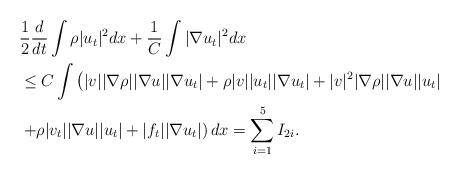
\begin{align*}\begin{aligned}& \frac{1}{2} \frac{d}{dt}\int \rho |u_t|^2dx+\frac{1}{C}\int |\nabla u_t|^2 dx\\& \le C\int \left(|v| |\nabla \rho| |\nabla u| |\nabla u_t|+\rho |v| |u_t| |\nabla u_t| + |v|^2 |\nabla \rho| |\nabla u| |u_t|\right.\\&\left. +\rho |v_t| |\nabla u| |u_t|+|f_t||\nabla u_t|\right)dx=\sum_{i=1}^5 I_{2i}.\end{aligned}\end{align*}